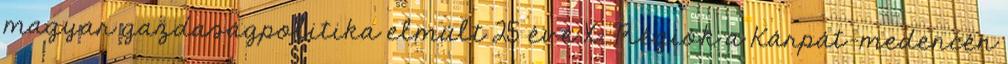
magyar gazdaságpolitika elmúlt 25 éve X. Régiók a Kárpát-medencén